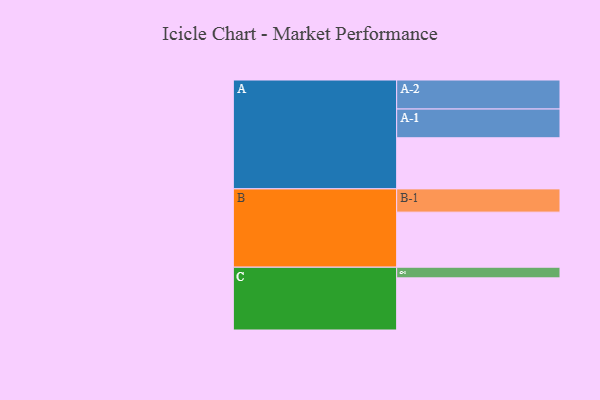
{"axis": {"x": "Segment", "y": "Value"}, "legend": ["", "A", "B", "C"], "data": [{"x": "A", "y": 398, "type": ""}, {"x": "B", "y": 429, "type": ""}, {"x": "C", "y": 406, "type": ""}, {"x": "A-1", "y": 224, "type": "A"}, {"x": "A-2", "y": 226, "type": "A"}, {"x": "B-1", "y": 181, "type": "B"}, {"x": "C-1", "y": 83, "type": "C"}]}